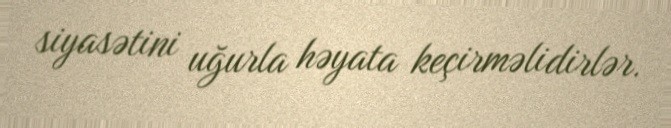
siyasətini uğurla həyata keçirməlidirlər.